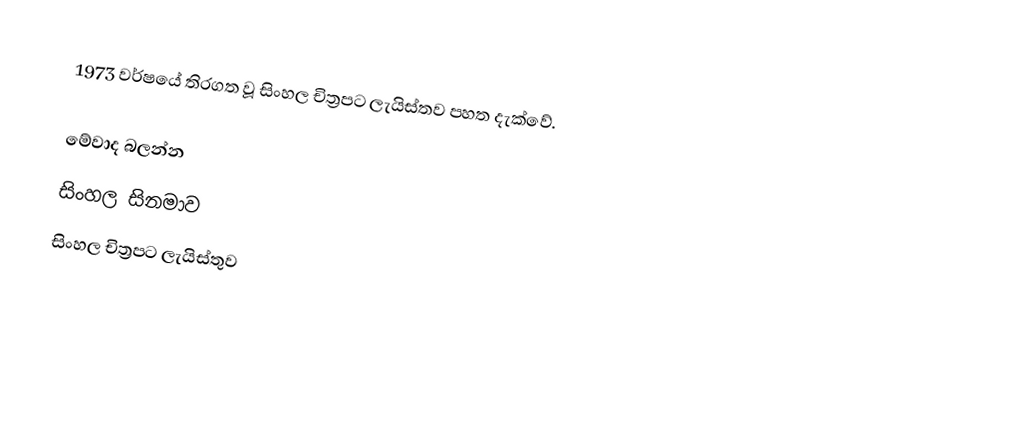
1973 වර්ෂයේ තිරගත වූ සිංහල චිත්‍රපට ලැයිස්තව පහත දැක්වේ.

මේවාද බලන්න
 සිංහල සිනමාව
 සිංහල චිත්‍රපට ලැයිස්තුව